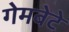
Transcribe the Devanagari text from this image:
गेमबेटे